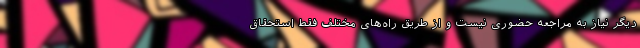
دیگر نیاز به مراجعه حضوری نیست و از طریق راه‌های مختلف فقط استحقاق